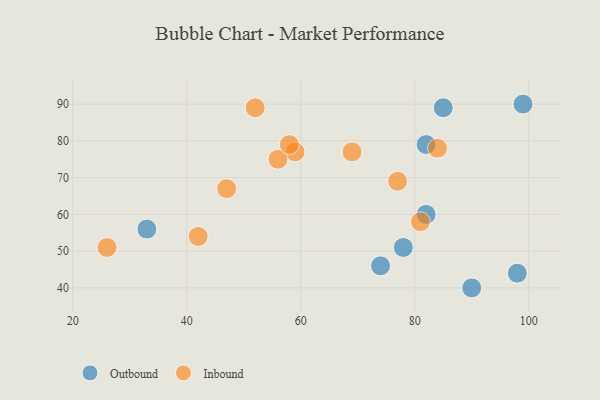
{"axis": {"x": "GDP", "y": "Life Expectancy"}, "legend": ["Inbound", "Outbound"], "data": [{"x": "90", "y": 40, "type": "Outbound"}, {"x": "98", "y": 44, "type": "Outbound"}, {"x": "82", "y": 79, "type": "Outbound"}, {"x": "74", "y": 46, "type": "Outbound"}, {"x": "33", "y": 56, "type": "Outbound"}, {"x": "99", "y": 90, "type": "Outbound"}, {"x": "82", "y": 60, "type": "Outbound"}, {"x": "85", "y": 89, "type": "Outbound"}, {"x": "78", "y": 51, "type": "Outbound"}, {"x": "59", "y": 77, "type": "Inbound"}, {"x": "56", "y": 75, "type": "Inbound"}, {"x": "77", "y": 69, "type": "Inbound"}, {"x": "42", "y": 54, "type": "Inbound"}, {"x": "81", "y": 58, "type": "Inbound"}, {"x": "26", "y": 51, "type": "Inbound"}, {"x": "47", "y": 67, "type": "Inbound"}, {"x": "84", "y": 78, "type": "Inbound"}, {"x": "52", "y": 89, "type": "Inbound"}, {"x": "58", "y": 79, "type": "Inbound"}, {"x": "69", "y": 77, "type": "Inbound"}]}